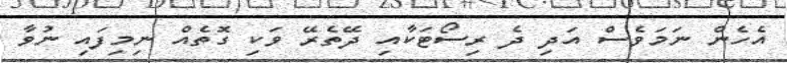
އެހެން ނަމަވެސް އަދި ދެ ރިސޯޓަކާއި ދޭތެރޭ ވަކި ގޮތެއް ނިމިފައި ނުވާ